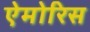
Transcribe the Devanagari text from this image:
ऐमोरिस